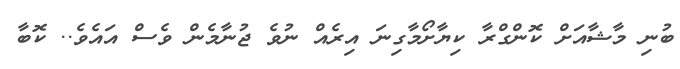
ބުނި މާޝާއަށް ކޮންގްރާ ކިޔާށޯމާގިނަ އިރެއް ނުވެ ޖުނާމެން ވެސް އައެވެ.. ކޮބާ